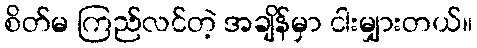
စိတ်မ ကြည်လင်တဲ့ အချိန်မှာ ငါးမျှားတယ်။